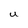
Character: U